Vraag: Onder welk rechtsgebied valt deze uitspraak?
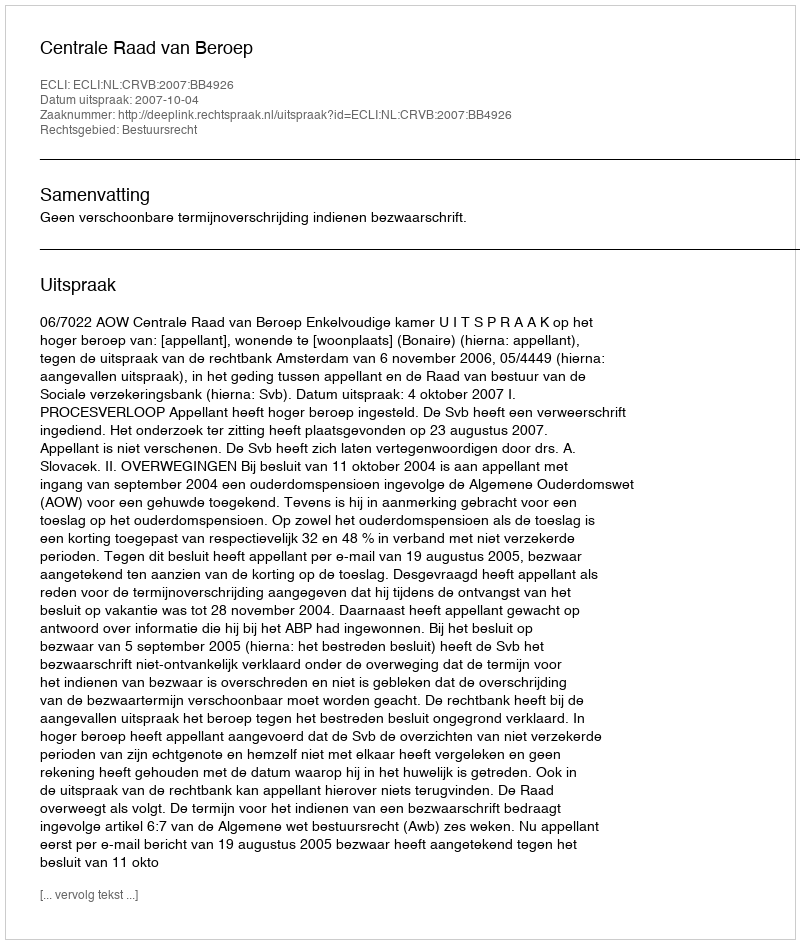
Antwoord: Bestuursrecht